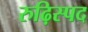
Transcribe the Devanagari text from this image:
रुढ़िस्पद